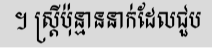
។ ស្ត្រីប៉ុន្មាននាក់ដែលជួប